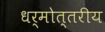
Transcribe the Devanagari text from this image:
धर्मोत्तरीय